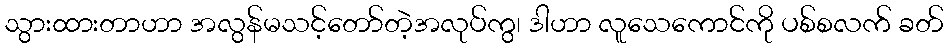
သွားထားတာဟာ အလွန်မသင့်တော်တဲ့အလုပ်ကွ၊ ဒါဟာ လူသေကောင်ကို ပစ်စလက် ခတ်